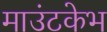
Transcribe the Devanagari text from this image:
माउंटकेभ